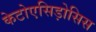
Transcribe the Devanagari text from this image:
केटोएसिड़ोसिस